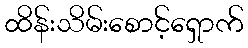
ထိန်းသိမ်းစောင့်ရှောက်